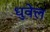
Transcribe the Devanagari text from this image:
धुवेल